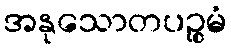
အနုသောတပဉ္စမံ